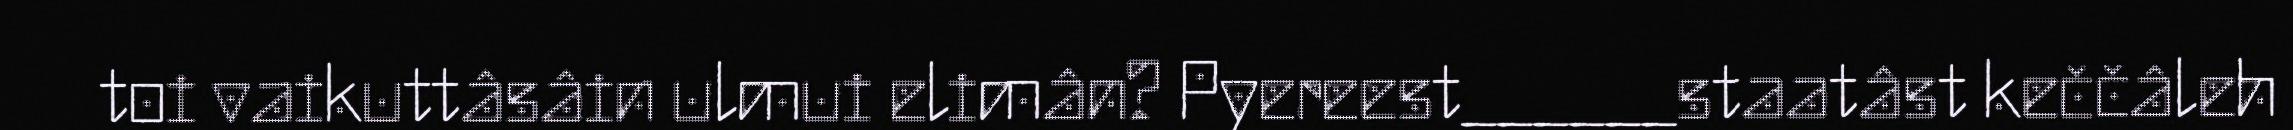
toi vaikuttâsâin ulmui elimân? Pyereest______staatâst keččâleh